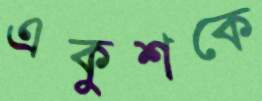
একুশকে